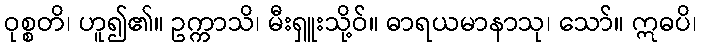
ဝုစ္စတိ၊ ဟူ၍၏။ ဥက္ကာသိ၊ မီးရှူးသို့ဝ်။ ဓာရယမာနာသု၊ သော်။ ဣဓပိ၊